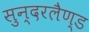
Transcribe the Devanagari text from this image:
सुन्दरलैण्ड